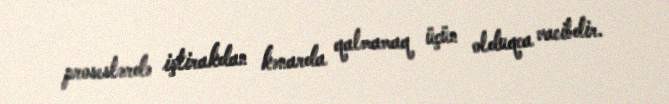
proseslərdə iştirakdan kənarda qalmamaq üçün olduqca vacibdir.